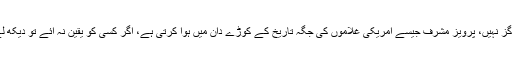
ہرگز نہیں، پرویز مشرف جیسے امریکی غلاموں کی جگہ تاریخ کے کوڑے دان میں ہوا کرتی ہے، اگر کسی کو یقین نہ آئے تو دیکھ لے۔